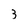
Character: 3